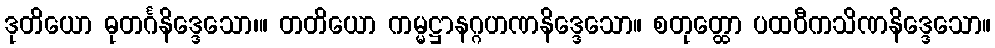
ဒုတိယော ဓုတင်္ဂနိဒ္ဒေသော၊။ တတိယော ကမ္မဋ္ဌာနဂ္ဂဟဏနိဒ္ဒေသော။ စတုတ္ထော ပထဝီကသိဏနိဒ္ဒေသော။